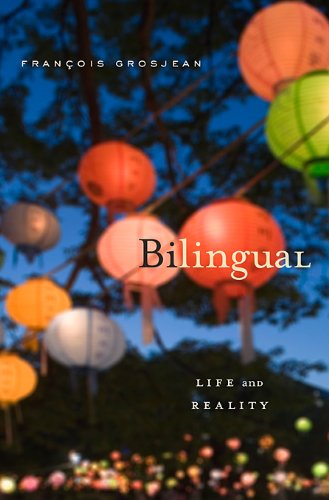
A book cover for Bilingual: Life and Reality; FranÃ§ois Grosjean; Reference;